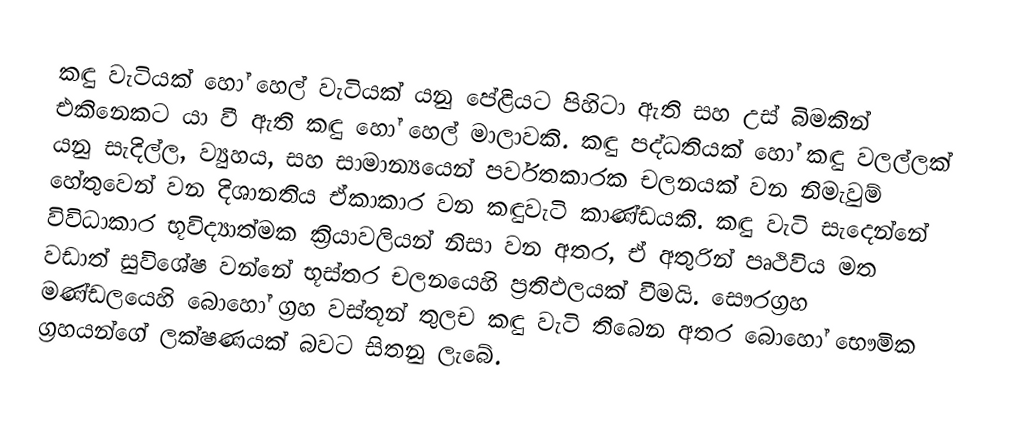
කඳු වැටියක් හෝ හෙල් වැටියක් යනු පේළියට පිහිටා ඇති සහ උස් බිමකින් එකිනෙකට යා වී ඇති කඳු හෝ හෙල් මාලාවකි. කඳු පද්ධතියක් හෝ කඳු වලල්ලක් යනු  සැදිල්ල, ව්‍යුහය, සහ සාමාන්‍යයෙන් පර්වතකාරක චලනයක් වන නිමැවුම් හේතුවෙන් වන දිශානතිය ඒකාකාර වන කඳුවැටි කාණ්ඩයකි. කඳු වැටි සැදෙන්නේ විවිධාකාර භූවිද්‍යාත්මක ක්‍රියාවලියන් නිසා වන අතර, ඒ අතුරින් පෘථිවිය මත වඩාත් සුවිශේෂ වන්නේ   භූස්තර චලනයෙහි ප්‍රතිඵලයක් වීමයි. සෞරග්‍රහ මණ්ඩලයෙහි බොහෝ ග්‍රහ වස්තූන් තුලච කඳු වැටි තිබෙන අතර බොහෝ භෞමික ග්‍රහයන්ගේ ලක්ෂණයක් බවට සිතනු ලැබේ.